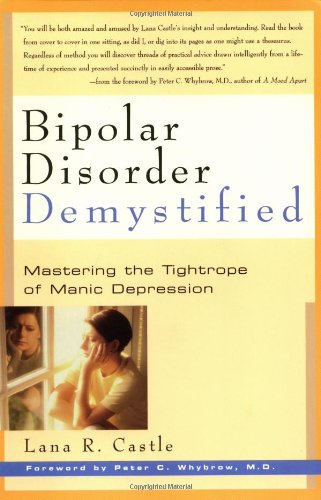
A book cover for Bipolar Disorder Demystified: Mastering the Tightrope of Manic Depression; Lana R. Castle; Health, Fitness & Dieting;